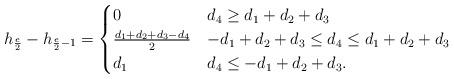
LaTeX: \begin{align*} h_{\frac{e}{2}}-h_{\frac{e}{2}-1}= \begin{cases} 0 & d_4\ge d_1+d_2+d_3 \\ \frac{d_1+d_2+d_3-d_4}{2} & -d_1+d_2+d_3\le d_4\le d_1+d_2+d_3 \\ d_1 & d_4\le -d_1+d_2+d_3 .\end{cases} \end{align*}